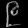
Digit: ၉